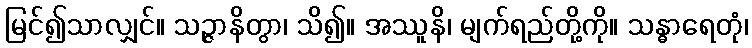
မြင်၍သာလျှင်။ သဉ္ဇာနိတွာ၊ သိ၍။ အဿူနိ၊ မျက်ရည်တို့ကို။ သန္ဓာရေတုံ၊